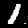
Label: 1